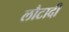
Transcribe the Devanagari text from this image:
लौटादी